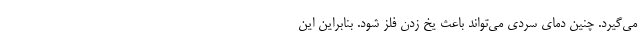
می‌گیرد. چنین دمای سردی می‌تواند باعث یخ زدن فلز شود. بنابراین این